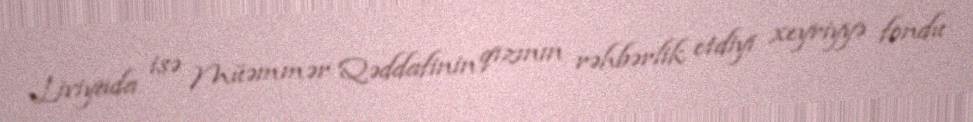
Liviyada isə Müəmmər Qəddafinin qızının rəhbərlik etdiyi xeyriyyə fondu